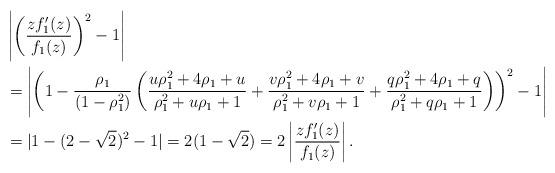
LaTeX: \begin{align*} &\left|\left(\frac{zf_1'(z)}{f_1(z)}\right)^2-1\right|\\ &=\left|\left(1-\frac{\rho_1}{(1-\rho_1^2)}\left( \frac{u\rho_1^2+4\rho_1+u}{\rho_1^2+u\rho_1+1}+\frac{v\rho_1^2+4\rho_1+v}{\rho_1^2+v\rho_1+1}+\frac{q \rho_1^2+4\rho_1+q}{\rho_1^2+q \rho_1+1}\right)\right)^2-1\right|\\ &=|1-(2-\sqrt2)^2-1|=2(1-\sqrt2)=2\left|\frac{zf_1'(z)}{f_1(z)}\right|. \end{align*}